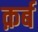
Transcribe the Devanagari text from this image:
क़र्ब